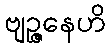
ဗျဉ္ဇနေဟိ